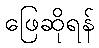
ဖြေဆိုရန်